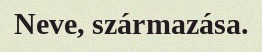
Neve, származása.